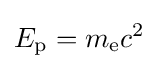
E_{\text{p}}=m_{\text{e}}c^{2}